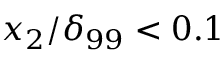
x _ { 2 } / \delta _ { 9 9 } < 0 . 1